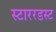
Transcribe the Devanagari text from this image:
स्टाररडस्ट